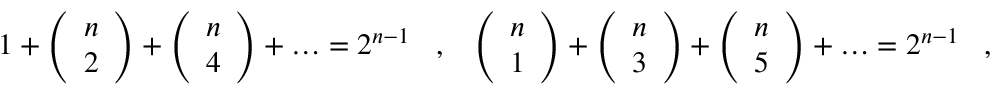
1 + \left( \begin{array} { c } { { n } } \\ { { 2 } } \end{array} \right) + \left( \begin{array} { c } { { n } } \\ { { 4 } } \end{array} \right) + \ldots = 2 ^ { n - 1 } \, \, \, \, \, , \, \, \, \, \, \left( \begin{array} { c } { { n } } \\ { { 1 } } \end{array} \right) + \left( \begin{array} { c } { { n } } \\ { { 3 } } \end{array} \right) + \left( \begin{array} { c } { { n } } \\ { { 5 } } \end{array} \right) + \ldots = 2 ^ { n - 1 } \, \, \, \, \, , \, \, \, \, \,